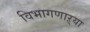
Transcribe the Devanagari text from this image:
विभागणाऱ्या